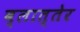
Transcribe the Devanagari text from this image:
ब्लात्तेर